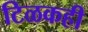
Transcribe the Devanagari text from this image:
टिळकही